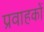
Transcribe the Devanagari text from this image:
प्रवाहकों